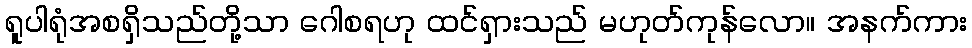
ရူပါရုံအစရှိသည်တို့သာ ဂေါစရဟု ထင်ရှားသည် မဟုတ်ကုန်လော။ အနက်ကား